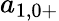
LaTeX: a_{1,0+}